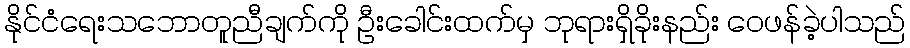
နိုင်ငံရေးသဘောတူညီချက်ကို ဦးခေါင်းထက်မှ ဘုရားရှိခိုးနည်း ဝေဖန်ခဲ့ပါသည်